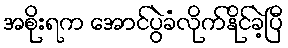
အစိုးရက အောင်ပွဲခံလိုက်နိုင်ခဲ့ပြီ